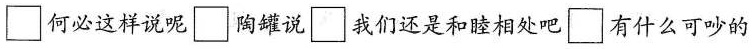
\square 何必这样说呢\square 陶罐说\square 我们还是和睦相处吧\square 有什么可吵的